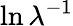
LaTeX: \ln\lambda^{-1}